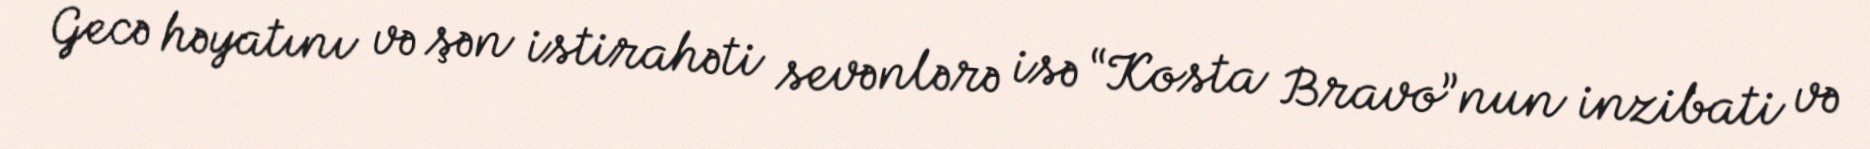
Gecə həyatını və şən istirahəti sevənlərə isə “Kosta Bravo”nun inzibati və